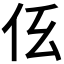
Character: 𠇓